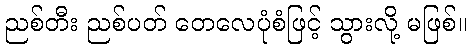
ညစ်တီး ညစ်ပတ် တေလေပုံစံဖြင့် သွားလို့ မဖြစ်။